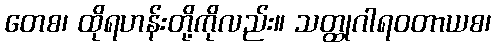
တေစ၊ ထိုရဟန်းတို့ကိုလည်း။ သတ္ထုဂါရဝတာယစ၊